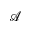
\mathcal { A }